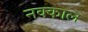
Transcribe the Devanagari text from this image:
नक्काल